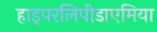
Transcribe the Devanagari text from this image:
हाइपरलिपीडाएमिया